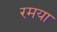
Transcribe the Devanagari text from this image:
रमया